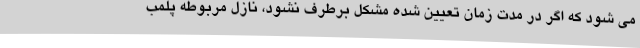
می شود که اگر در مدت زمان تعیین شده مشکل برطرف نشود، نازل مربوطه پلمب